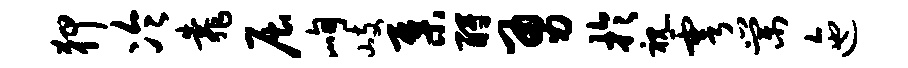
狎冷靠屈峋岐集酹勇于视雩棠迤